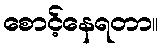
စောင့်နေရတာ။